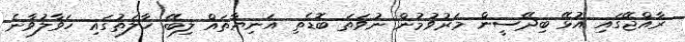
ރާއްޖޭގައި އުޅޭ ބިދޭސީން މަރުވުމުން ނުވަތަ ބޮޑެތި އަނިޔާތައް ލިބޭ ހާލަތުގައި ހަވާލުވާނެ